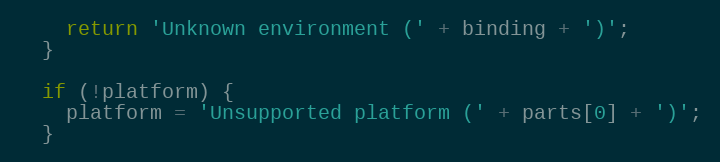
Language: JavaScript
    return 'Unknown environment (' + binding + ')';
  }

  if (!platform) {
    platform = 'Unsupported platform (' + parts[0] + ')';
  }